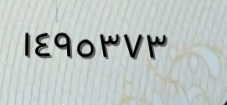
١٤٩٥٣٧٣